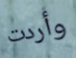
وأردت